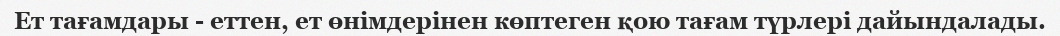
Ет тағамдары - еттен, ет өнімдерінен көптеген қою тағам түрлері дайындалады.